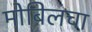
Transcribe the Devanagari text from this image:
मोबिलचा